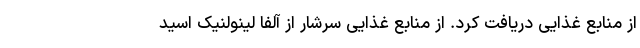
از منابع غذایی دریافت کرد. از منابع غذایی سرشار از آلفا لینولنیک اسید